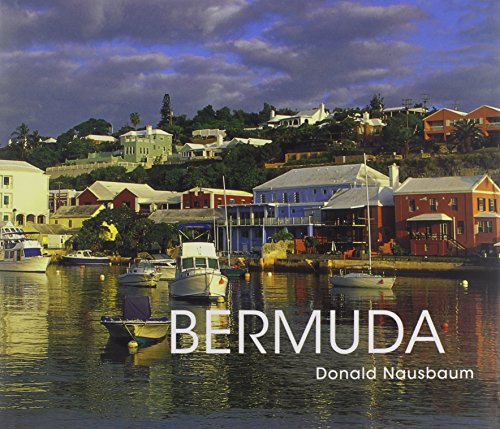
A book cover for Bermuda; Madeleine Greey; Travel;